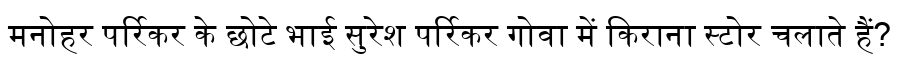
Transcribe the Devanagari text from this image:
मनोहर पर्रिकर के छोटे भाई सुरेश पर्रिकर गोवा में किराना स्टोर चलाते हैं?